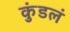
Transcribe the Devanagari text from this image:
कुंडलं